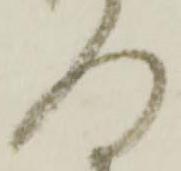
門